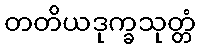
တတိယဒုက္ခသုတ္တံ